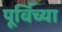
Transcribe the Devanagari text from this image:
पूर्विच्या